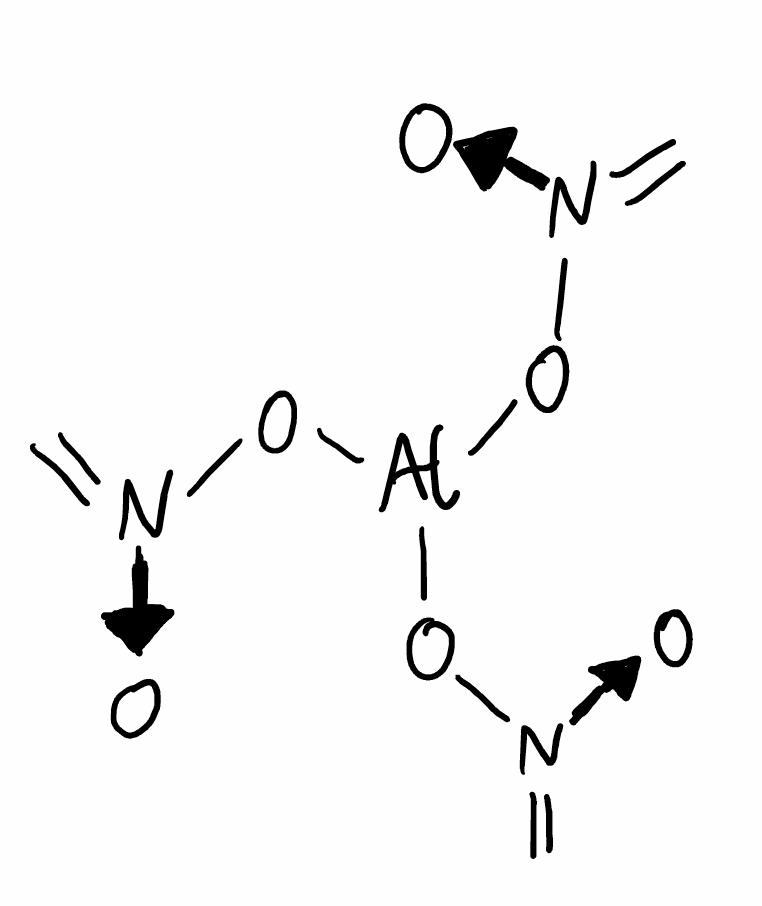
Simplified molecular-input line-entry system (SMILES) notation of the given molecule:
C=[N+]([O-])O[Al](O[N+](=C)[O-])O[N+](=C)[O-]